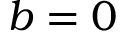
b = 0